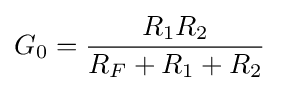
G_{0}={\frac {R_{1}R_{2}}{R_{F}+R_{1}+R_{2}}}\